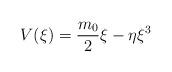
LaTeX: \begin{align*} V(\xi)=\frac{m_0}{2}\xi-\eta \xi^3\end{align*}